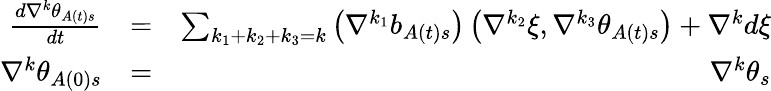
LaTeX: \begin{array}{rlr}{\frac{d\nabla^{k}\theta_{A\left(t\right)s}}{dt}}&{=}&{\sum_{k_{1}+k_{2}+k_{3}=k}\left(\nabla^{k_{1}}b_{A\left(t\right)s}\right)\left(\nabla^{k_{2}}\xi,\nabla^{k_{3}}\theta_{A\left(t\right)s}\right)+\nabla^{k}d\xi}\\ {\nabla^{k}\theta_{A\left(0\right)s}}&{=}&{\nabla^{k}\theta_{s}}\end{array}